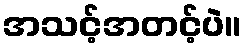
အသင့်အတင့်ပဲ။